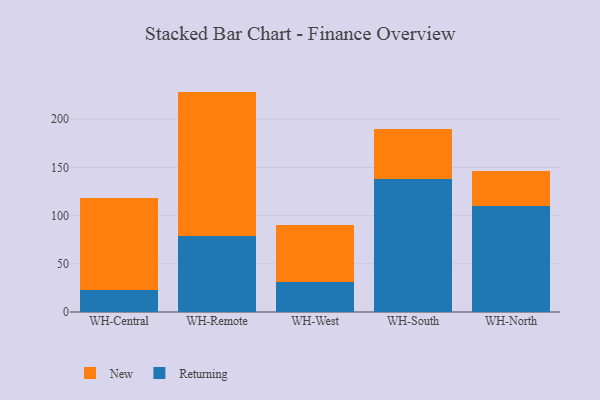
{"axis": {"x": "Warehouse", "y": "Shipments"}, "legend": ["New", "Returning"], "data": [{"x": "WH-Central", "y": 23.1, "type": "Returning"}, {"x": "WH-Central", "y": 94.7, "type": "New"}, {"x": "WH-Remote", "y": 78.6, "type": "Returning"}, {"x": "WH-Remote", "y": 150.1, "type": "New"}, {"x": "WH-West", "y": 30.7, "type": "Returning"}, {"x": "WH-West", "y": 59.2, "type": "New"}, {"x": "WH-South", "y": 137.6, "type": "Returning"}, {"x": "WH-South", "y": 52.8, "type": "New"}, {"x": "WH-North", "y": 110.2, "type": "Returning"}, {"x": "WH-North", "y": 36.4, "type": "New"}]}